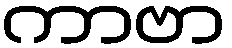
ကာဗာ